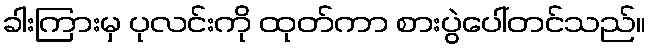
ခါးကြားမှ ပုလင်းကို ထုတ်ကာ စားပွဲပေါ်တင်သည်။